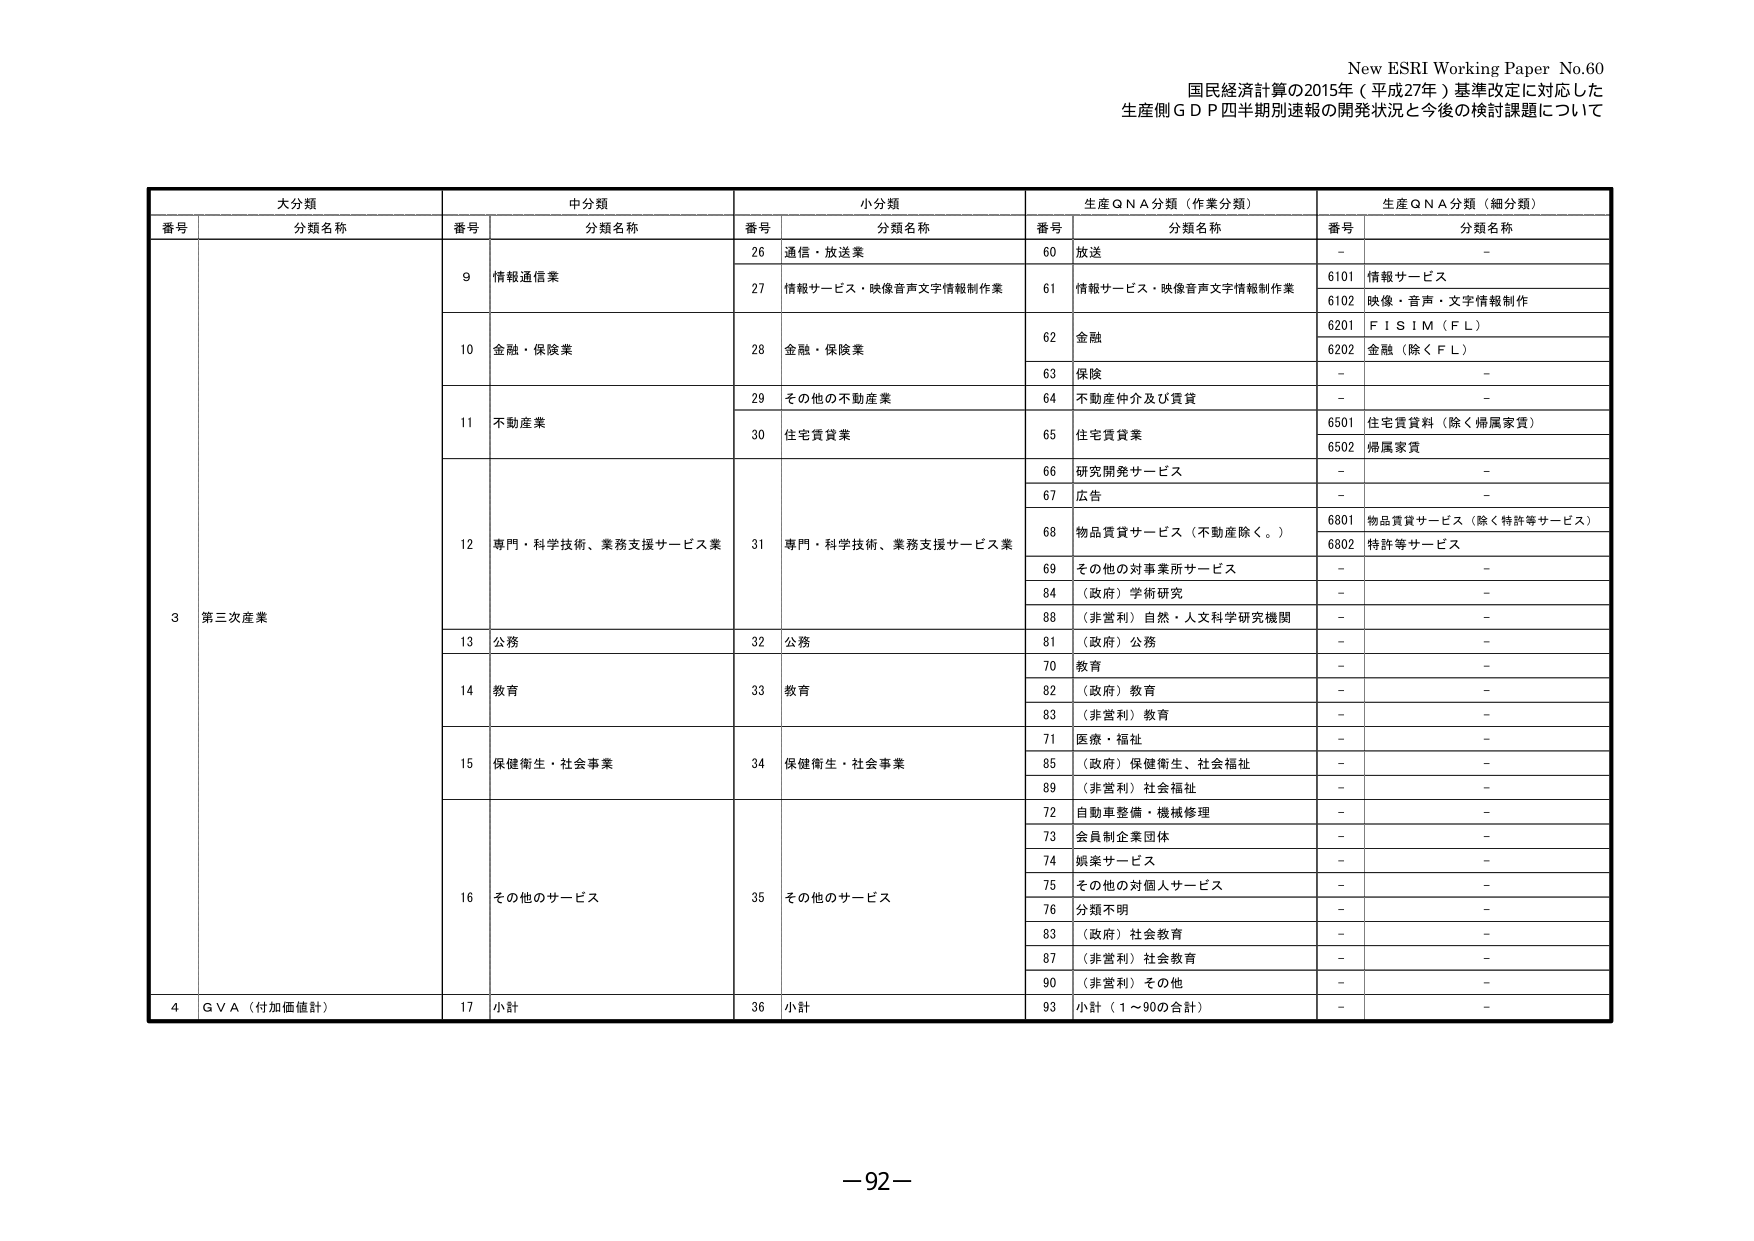
New ESRI Working Paper No.60
国民経済計算の2015年（平成27年）基準改定に対応した
生産側ＧＤＰ四半期別速報の開発状況と今後の検討課題について

大分類
番号 分類名称

中分類
番号 分類名称

小分類
番号 分類名称

生産ＱＮＡ分類（作業分類）
番号 分類名称

生産ＱＮＡ分類（細分類）
番号 分類名称

3 第三次産業

9 情報通信業
26 通信・放送業
60 放送
－ －

27 情報サービス・映像音声文字情報制作業
61 情報サービス・映像音声文字情報制作業
6101 情報サービス
6102 映像・音声・文字情報制作

10 金融・保険業
28 金融・保険業
62 金融
6201 ＦＩＳＩＭ（ＦＬ）
6202 金融（除くＦＬ）

63 保険
－ －

11 不動産業
29 その他の不動産業
64 不動産仲介及び賃貸
－ －

30 住宅賃貸業
65 住宅賃貸業
6501 住宅賃貸料（除く帰属家賃）
6502 帰属家賃

12 専門・科学技術、業務支援サービス業
31 専門・科学技術、業務支援サービス業
66 研究開発サービス
－ －

67 広告
－ －

68 物品賃貸サービス（不動産除く。）
6801 物品賃貸サービス（除く特許等サービス）
6802 特許等サービス

69 その他の対事業所サービス
－ －

84 （政府）学術研究
－ －

88 （非営利）自然・人文科学研究機関
－ －

13 公務
32 公務
81 （政府）公務
－ －

14 教育
33 教育
70 教育
－ －

82 （政府）教育
－ －

83 （非営利）教育
－ －

15 保健衛生・社会事業
34 保健衛生・社会事業
71 医療・福祉
－ －

85 （政府）保健衛生・社会福祉
－ －

89 （非営利）社会福祉
－ －

16 その他のサービス
35 その他のサービス
72 自動車整備・機械修理
－ －

73 会員制企業団体
－ －

74 娯楽サービス
－ －

75 その他の対個人サービス
－ －

76 分類不明
－ －

83 （政府）社会教育
－ －

87 （非営利）社会教育
－ －

90 （非営利）その他
－ －

4 ＧＶＡ（付加価値計）
17 小計
36 小計
93 小計（１～90の合計）
－ －

－92－